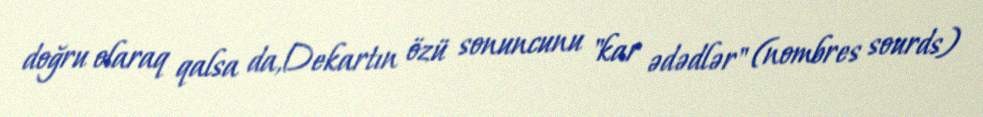
doğru olaraq qalsa da,Dekartın özü sonuncunu "kar ədədlər" (nombres sourds)